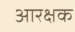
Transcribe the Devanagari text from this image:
आरक्षक